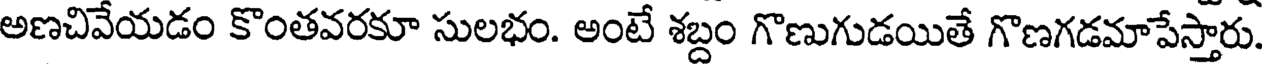
అణచివేయడం కొంతవరకూ సులభం. అంటే శబ్దం గొణుగుడయితే గొణగడమాపేస్తారు